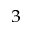
_ 3